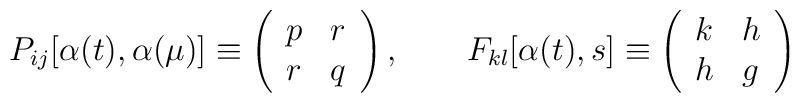
P_{ij}[\alpha (t),\alpha (\mu )]\equiv \left( \begin{array}{ll}p & r \\ r & q\end{array}\right) ,\qquad F_{kl}[\alpha (t),s]\equiv \left( \begin{array}{ll}k & h \\ h & g\end{array}\right)